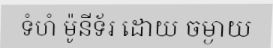
ទំហំ ម៉ូនីទ័រ ដោយ ចម្ងាយ